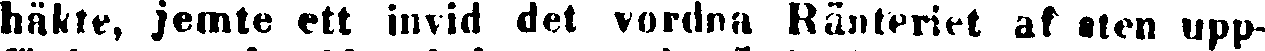
häkte, jemte ett invid det vordna Raäteriet af sten upp-